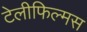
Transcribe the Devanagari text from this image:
टेलीफिल्मस